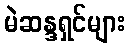
မဲဆန္ဒရှင်များ